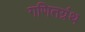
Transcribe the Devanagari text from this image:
गणितग्रंथ